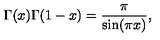
\Gamma ( x ) \Gamma ( 1 - x ) = \frac \pi { \sin ( \pi x ) } ,